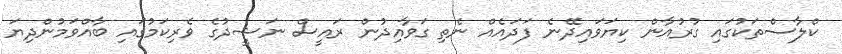
ކްލާސްތަކުގައި ގުރުއާން ކިޔަވައިދޭނެ ފަދައެއް ނެތި ގަވާއިދުން ރައީސް ނަޝީދުގެ ވެރިކަމުގައި ބާއްވަމުންދިޔަ